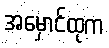
အမှောင်ထုက